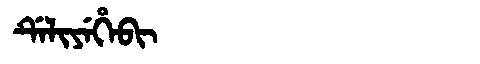
Manchu: ᡩᡝᠯᡳᠶᡝᡥᡝᠪᡳ
Romanization: DELIYEHEBI